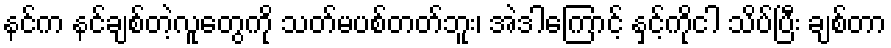
နင်က နင်ချစ်တဲ့လူတွေကို သတ်မပစ်တတ်ဘူး၊ အဲဒါကြောင့် နှင့်ကိုငါ သိပ်ပြီး ချစ်တာ